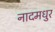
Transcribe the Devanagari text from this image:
नादमधुर